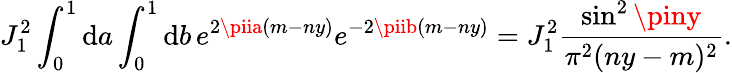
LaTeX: J_{1}^{2}\int_{0}^{1}\mathrm{d}a\int_{0}^{1}\mathrm{d}b\, e^{2\piia(m-ny)}e^{-2\piib(m-ny)}=J_{1}^{2}\frac{{\sin^{2}\piny}}{{\pi^{2}(ny-m)^{2}}}.